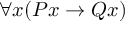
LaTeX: \forall { x } ( P { x } \to Q { x } )